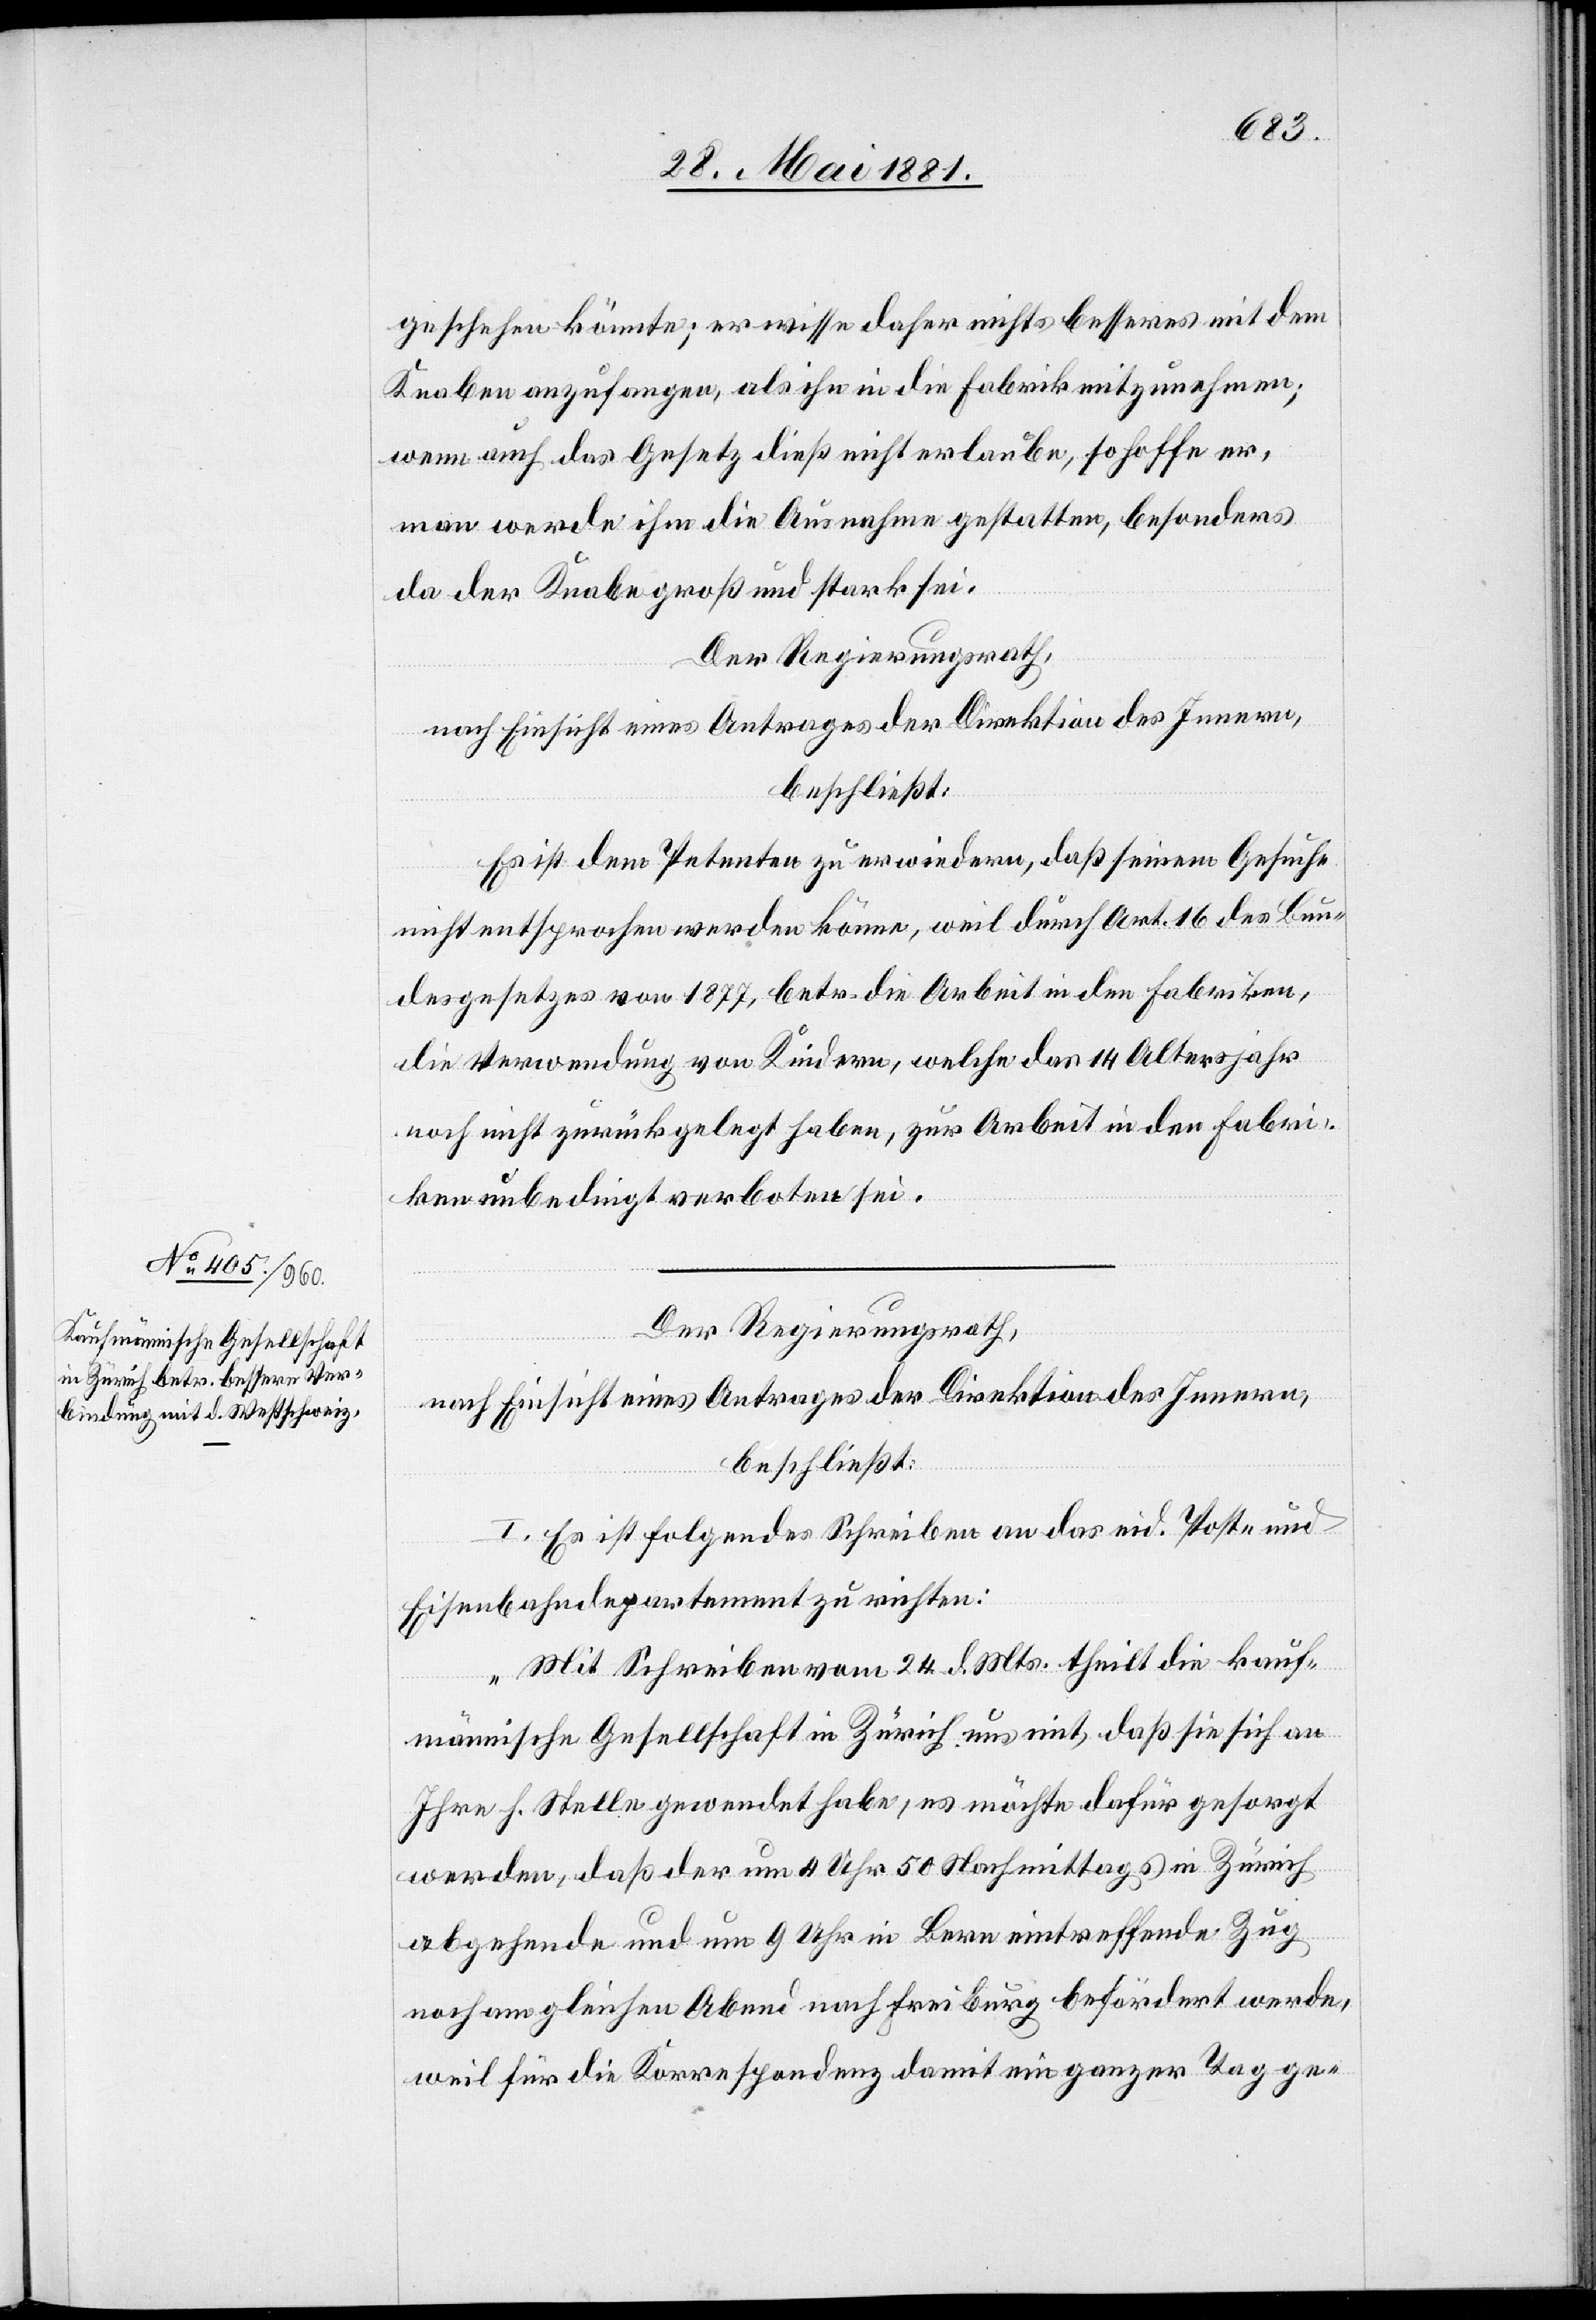
geschehen könnte; er wisse daher nichts besseres mit dem
Knaben anzufangen, als ihn in die Fabrik mitzunehmen;
wenn auch das Gesetzt dieß nicht erlaube, so hoffe er,
man werde ihm die Ausnahme gestatten, besonders
da der Knabe groß und stark sei.
Der Regierungsrath,
nach Einsicht eines Antrages der Direktion des Innern,
beschließt:
Es ist dem Petenten zu erwiedern, daß seinem Gesuche
nicht entsprochen werden könne, weil durch Art. 16 des Bun¬
desgesetzes von 1877, betr. die Arbeit in den Fabriken,
die Verwendung von Kindern, welche das 14. Altersjahr
noch nicht zurückgelegt haben, zur Arbeit in der Fabri¬
ken unbedingt verboten sei.
Der Regierungsrath,
nach Einsicht eines Antrages der Direktion des Innern,
beschließt:
I. Es ist folgendes Schreiben an das eid. Post- und
Eisenbahndepartement zu richten:
„Mit Schreiben vom 24. d. Mts. theilt die kauf¬
männische Gesellschaft in Zürich uns mit, daß sie sich an
Ihre h. Stelle gewendet habe, es möchte dafür gesorgt
werden, daß der um 4 Uhr 50 Nachmittags in Zürich
abgehende und um 9 Uhr in Bern eintreffende Zug
noch am gleichen Abend nach Freiburg befördert werde,
weil für die Korrespondenz damit ein ganzer Tag ge-